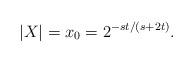
LaTeX: \begin{align*} |X|=x_0=2^{-st/(s+2t)}. \end{align*}